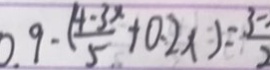
0 . 9 - ( \frac { 4 - 3 x } { 5 } + 0 . 2 x ) = \frac { 3 - } { 2 }